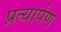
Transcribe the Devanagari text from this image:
प्रत्‍यार्पण